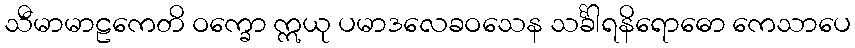
သီမာမာဠကေတိ ဝက္ခော ဣယု ပမာဒလေခဝသေန သင်္ခါရနိရောဓော ကေသာပေ